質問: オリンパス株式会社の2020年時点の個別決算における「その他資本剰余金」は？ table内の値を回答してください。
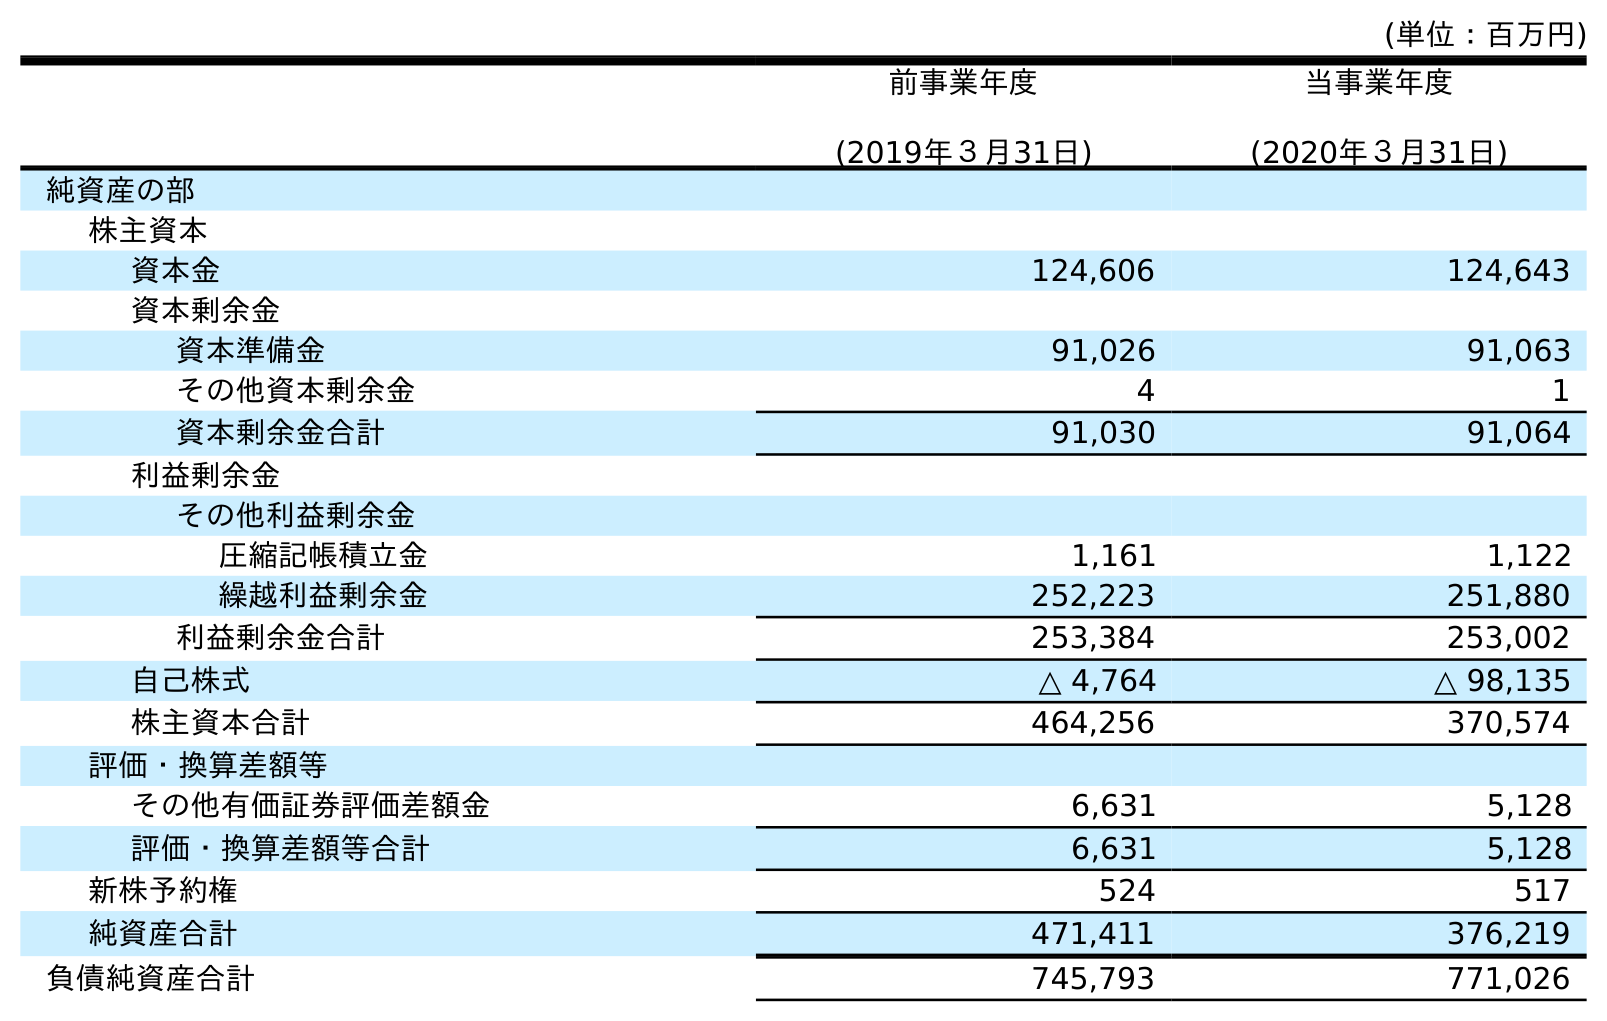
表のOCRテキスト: (単位：百万円) 前事業年度 (2019年３月31日) 当事業年度 (2020年３月31日) 純資産の部 株主資本 資本金 124,606 124,643 資本剰余金 資本準備金 91,026 91,063 その他資本剰余金 4 1 資本剰余金合計 91,030 91,064 利益剰余金 その他利益剰余金 圧縮記帳積立金 1,161 1,122 繰越利益剰余金 252,223 251,880 利益剰余金合計 253,384 253,002 自己株式 △ 4,764 △ 98,135 株主資本合計 464,256 370,574 評価・換算差額等 その他有価証券評価差額金 6,631 5,128 評価・換算差額等合計 6,631 5,128 新株予約権 524 517 純資産合計 471,411 376,219 負債純資産合計 745,793 771,026
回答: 1